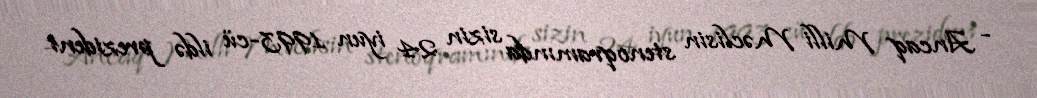
- Ancaq Milli Məclisin stenoqramında sizin 24 iyun 1993-cü ildə prezident